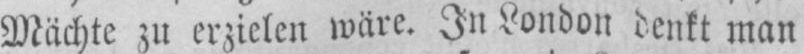
Mächte zu erzielen wäre. In London denkt man